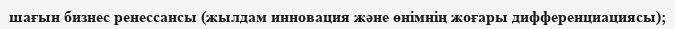
шағын бизнес ренессансы (жылдам инновация және өнімнің жоғары дифференциациясы);